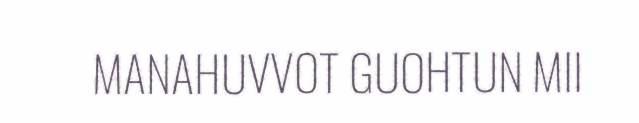
MANAHUVVOT GUOHTUN MII